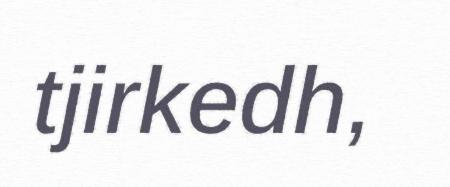
tjirkedh,